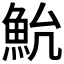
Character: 𱆨